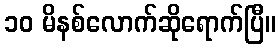
၁၀ မိနစ်လောက်ဆိုရောက်ပြီ။